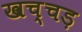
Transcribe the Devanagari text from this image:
खच्चड़